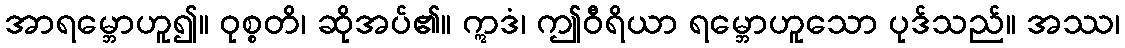
အာရမ္ဘောဟူ၍။ ဝုစ္စတိ၊ ဆိုအပ်၏။ ဣဒံ၊ ဤဝီရိယာ ရမ္ဘောဟူသော ပုဒ်သည်။ အဿ၊